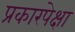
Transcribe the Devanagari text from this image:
प्रकारपेक्षा